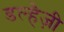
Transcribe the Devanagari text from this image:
डल्हैज़ी